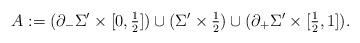
LaTeX: \begin{align*}A := (\partial_-\Sigma'\times[0,\tfrac12]) \cup (\Sigma'\times \tfrac12)\cup (\partial_+\Sigma'\times[\tfrac12,1]).\end{align*}